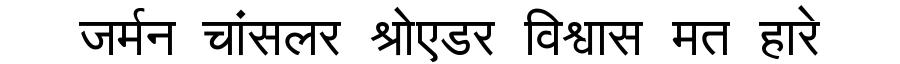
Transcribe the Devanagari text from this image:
जर्मन चांसलर श्रोएडर विश्वास मत हारे